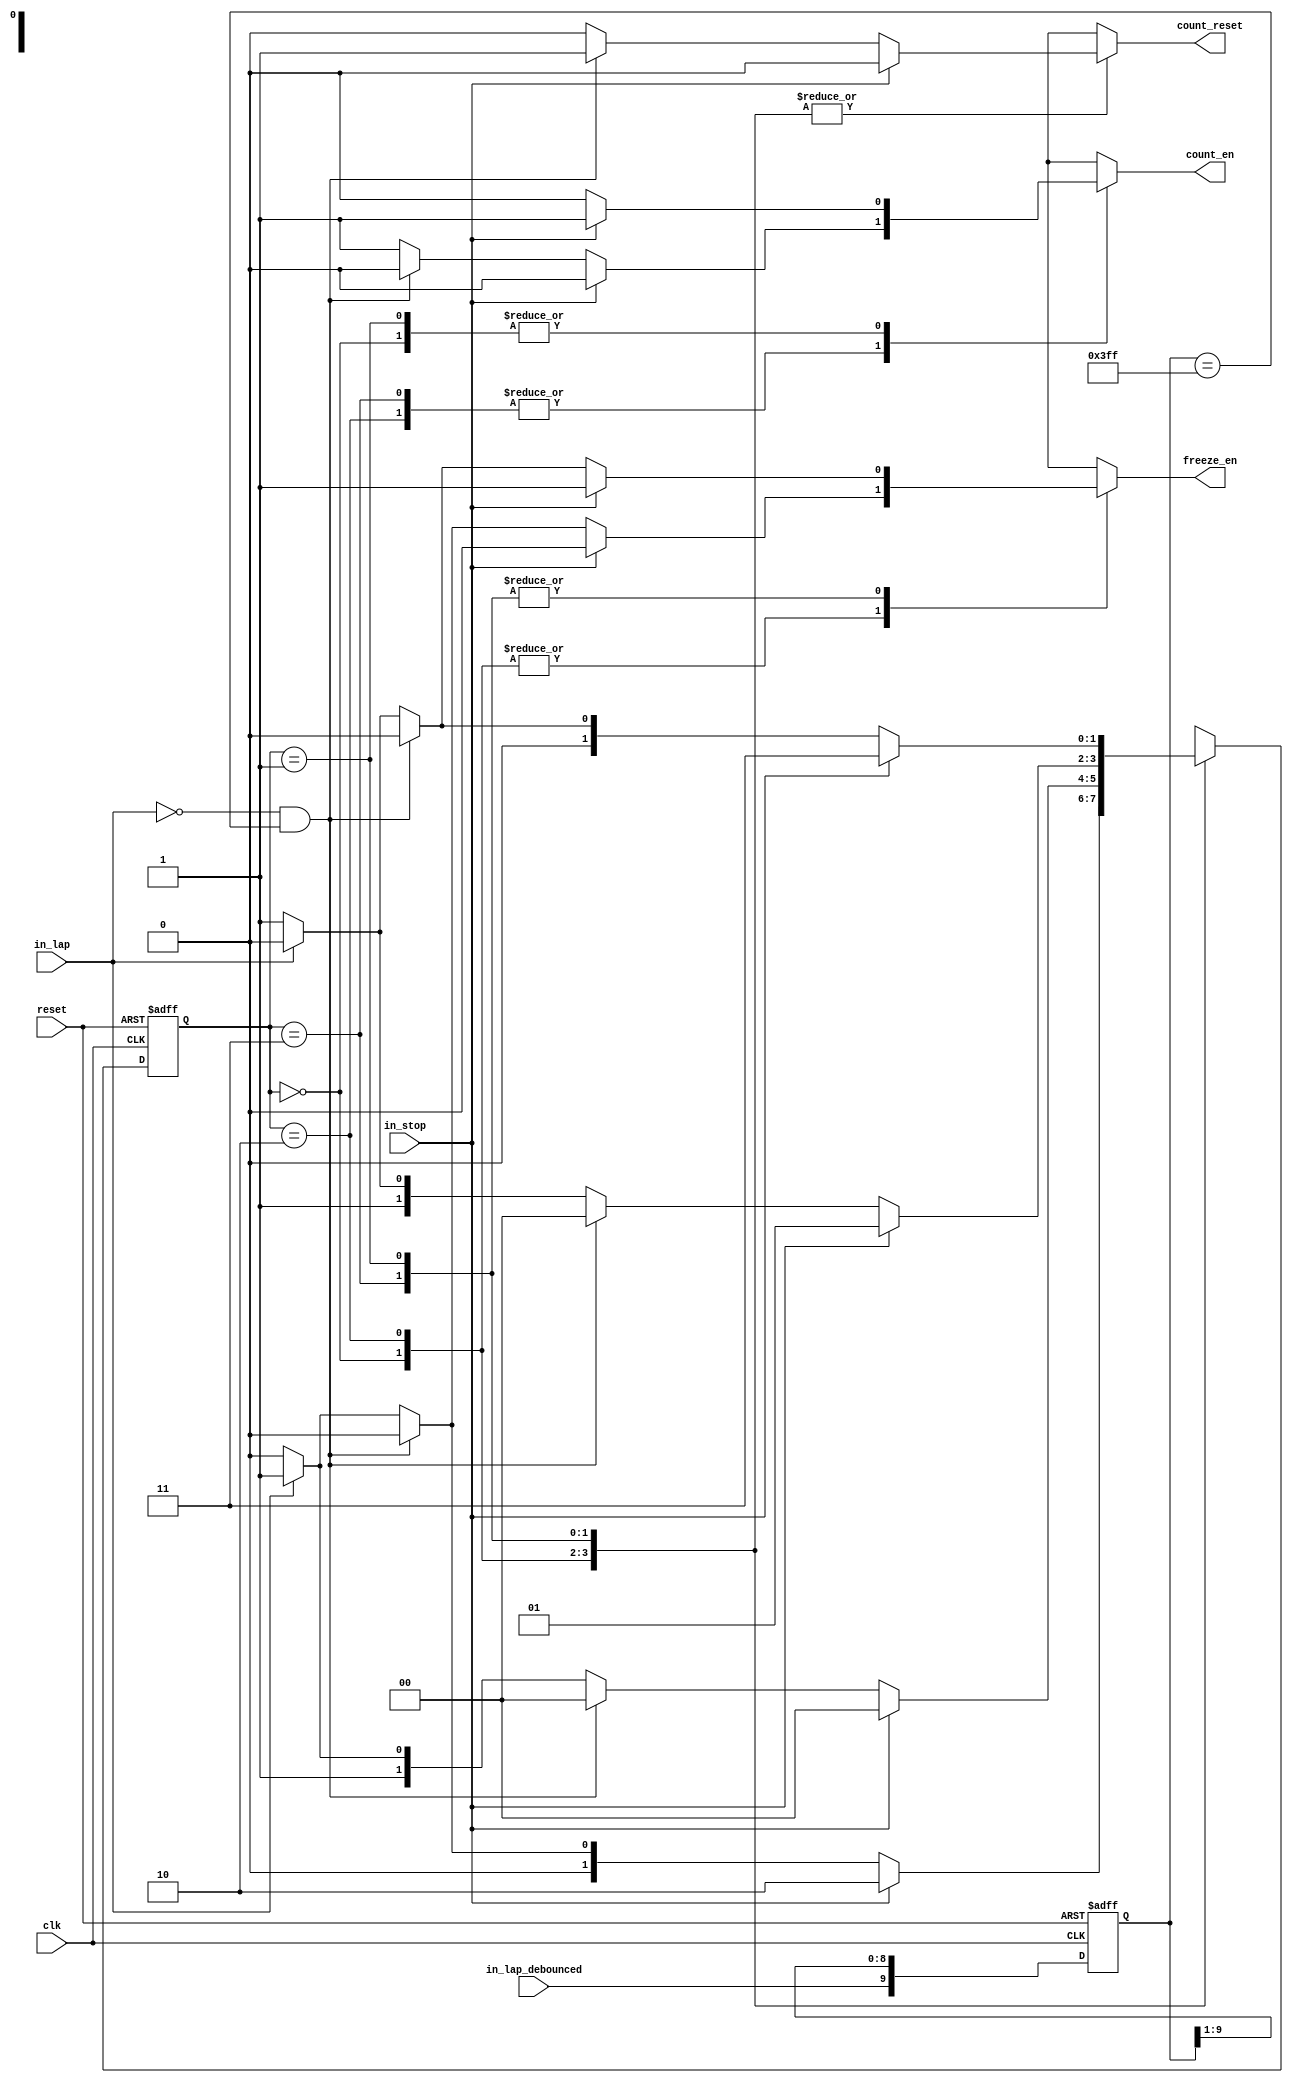
module FSM(
    input in_stop,
    input in_lap,
    input in_lap_debounced,
    input reset,
    output count_reset,
    output count_en,
    output freeze_en,
    input clk
    );
   
reg count_en, freeze_en, count_reset;
reg [1:0] state, next_state;
reg [9:0] in_lap_window, in_lap_window_tmp;

always @*
begin 
    in_lap_window_tmp[9:0] <= {in_lap_debounced, in_lap_window[9:1]};
end

always @(state or in_stop or in_lap or in_lap_window)
begin
    case(state)
        2'b00:
        begin
            if (in_stop)
            begin
                next_state = 2'b10;
                count_en = 1;
                freeze_en = 0;
                count_reset = 0;
            end
            else if (~in_lap && in_lap_window == 10'b1111111111)
            begin
               next_state = 2'b00;
               count_en = 0;
               freeze_en = 0;
               count_reset = 1;
            end
            else if (in_lap)
            begin
               next_state = 2'b01;
               count_en = 0;
               freeze_en = 1;
               count_reset = 0;
            end 
            else
            begin
               next_state = 2'b00;
               count_en = 0;
               freeze_en = 0;
               count_reset = 0;
            end 
        end
        
        2'b10:
        begin
            if (in_stop)
            begin
                next_state = 2'b00;
                count_en = 0;
                freeze_en = 0;
                count_reset = 0;
            end
            else if (~in_lap && in_lap_window == 10'b1111111111)
            begin
               next_state = 2'b00;
               count_en = 0;
               freeze_en = 0;
               count_reset = 1;
            end
            else if (in_lap)
            begin
               next_state = 2'b11;
               count_en = 1;
               freeze_en = 1;
               count_reset = 0;
            end 
            else
            begin
               next_state = 2'b10;
               count_en = 1;
               freeze_en = 0;
               count_reset = 0;
            end 
        end
        
        2'b11:
        begin
            if (in_stop)
            begin
                next_state = 2'b01;
                count_en = 0;
                freeze_en = 1;
                count_reset = 0;
            end
            else if (~in_lap && in_lap_window == 10'b1111111111)
            begin
               next_state = 2'b00;
               count_en = 0;
               freeze_en = 0;
               count_reset = 1;
            end
            else if (in_lap)
            begin
               next_state = 2'b10;
               count_en = 1;
               freeze_en = 0;
               count_reset = 0;
            end 
            else
            begin
               next_state = 2'b11;
               count_en = 1;
               freeze_en = 1;
               count_reset = 0;
            end 
        end
        
        2'b01:
        begin
            if (in_stop)
            begin
                next_state = 2'b11;
                count_en = 1;
                freeze_en = 1;
                count_reset = 0;
            end
            else if (~in_lap && in_lap_window == 10'b1111111111)
            begin
               next_state = 2'b00;
               count_en = 0;
               freeze_en = 0;
               count_reset = 1;
            end
            else if (in_lap)
            begin
               next_state = 2'b00;
               count_en = 0;
               freeze_en = 0;
               count_reset = 0;
            end 
            else
            begin
               next_state = 2'b01;
               count_en = 0;
               freeze_en = 1;
               count_reset = 0;
            end 
        end
    endcase
end

always @(posedge clk or negedge reset)
begin
    if(~reset)
    begin
        state = 2'b00;
        in_lap_window <= 10'd0;
    end
    else
    begin
        state <= next_state;
        in_lap_window <= in_lap_window_tmp;
    end
end
    
endmodule